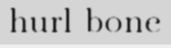
hurl-bone